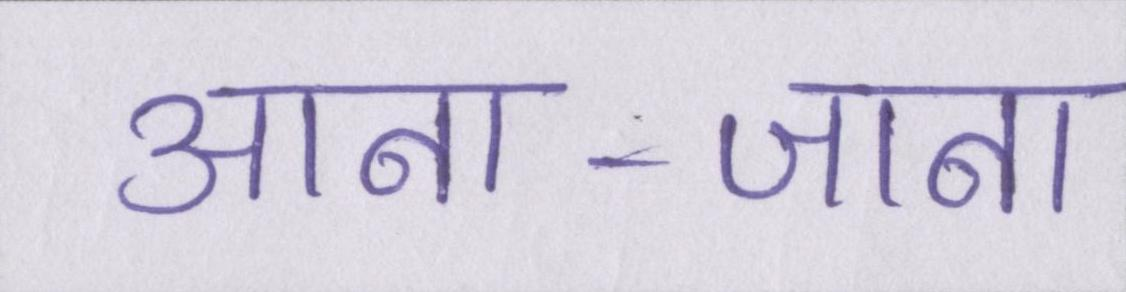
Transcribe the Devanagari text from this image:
आना-जाना